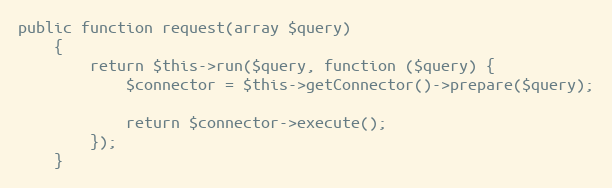
Language: PHP
public function request(array $query)
    {
        return $this->run($query, function ($query) {
            $connector = $this->getConnector()->prepare($query);

            return $connector->execute();
        });
    }